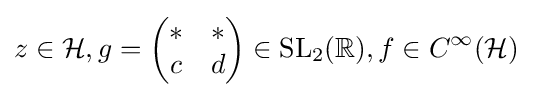
z\in {\mathcal {H}},g={\begin{pmatrix}\ast &\ast \\c&d\\\end{pmatrix}}\in \mathrm {SL} _{2}(\mathbb {R} ),f\in C^{\infty }({\mathcal {H}})